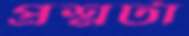
প্রশ্নটা